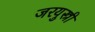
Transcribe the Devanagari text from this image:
जरयुस्त्री